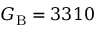
G _ { \mathrm { B } } = 3 3 1 0